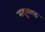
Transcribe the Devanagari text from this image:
सदूलगढ़